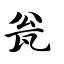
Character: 瓮